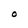
Character: O